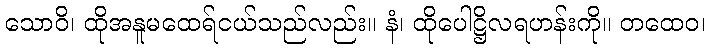
သောဝိ၊ ထိုအနူမထေရ်ငယ်သည်လည်း။ နံ၊ ထိုပေါဋ္ဌိလရဟန်းကို။ တထေဝ၊